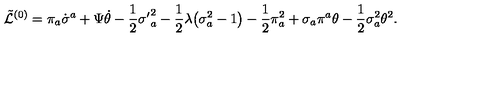
\tilde { \cal L } ^ { ( 0 ) } = \pi _ { a } \dot { \sigma } ^ { a } + \Psi \dot { \theta } - \frac { 1 } { 2 } { \sigma ^ { \prime } } _ { a } ^ { 2 } - \frac { 1 } { 2 } \lambda \bigl ( \sigma _ { a } ^ { 2 } - 1 \bigr ) - \frac { 1 } { 2 } \pi _ { a } ^ { 2 } + \sigma _ { a } \pi ^ { a } \theta - \frac { 1 } { 2 } \sigma _ { a } ^ { 2 } \theta ^ { 2 } .